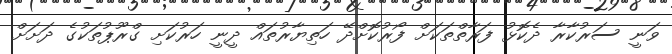
ވަނީ ސަރުކާރާ ދެކޮޅު ފަރާތްތަކަށް ފޯރުކޮށްދޭ ހަތިޔާރުތައް ދީނީ ހަރުކަށި ގްރޫޕުތަކުގެ ދަށަށް